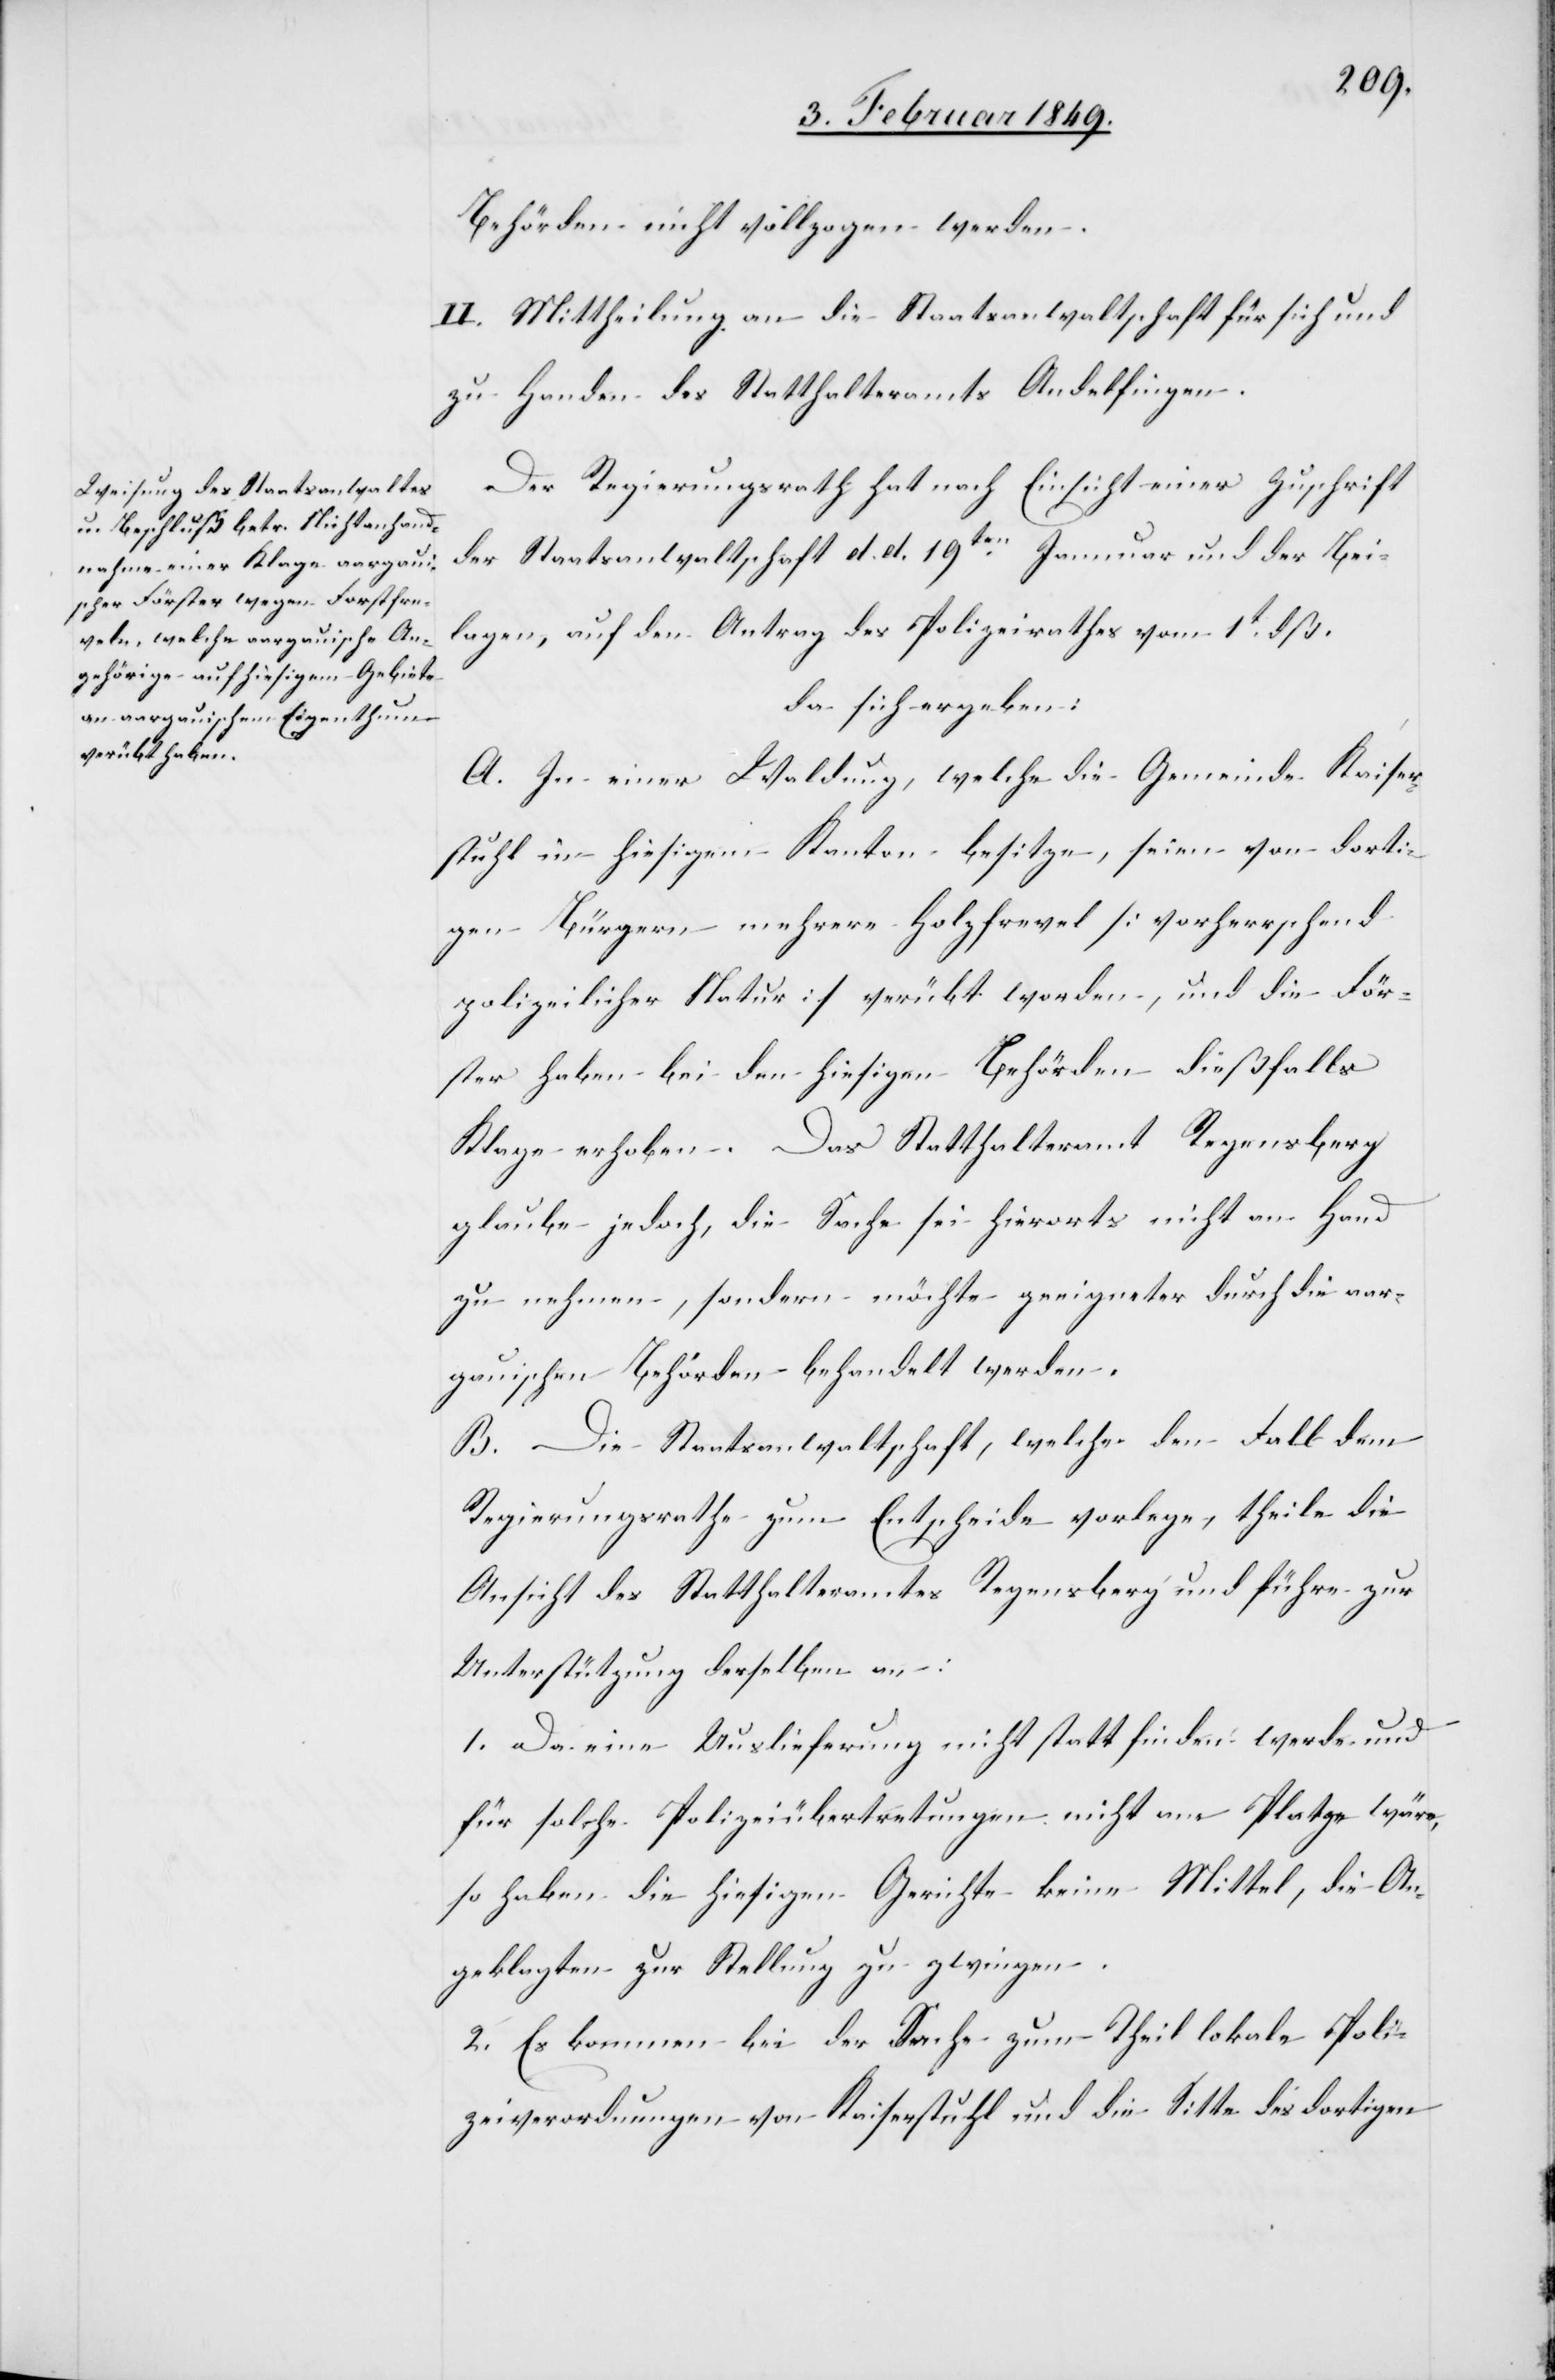
Behörden nicht vollzogen werden.
II. Mittheilung an die Staatsanwaltschaft für sich und
zu Handen des Statthalteramtes Andelfingen.
Der Regierungsrath hat nach Einsicht einer Zuschrift
der Staatsanwaltschaft d. d. 19ten. Januar und der Bei¬
lagen, auf den Antrag des Polizeirathes vom 1t. dß.
da sich ergeben:
A. In einer Waldung, welche die Gemeinde Kaiser¬
stuhl in hiesigem Kanton besitze, seien von dorti¬
gen Bürgern mehrere Holzfrevel [vorherrschend
polizeilicher Natur] verübt worden, und die För¬
ster haben bei den hiesigen Behörden dießfalls
Klage erhoben. Das Statthalteramt Regensberg
glaube jedoch, die Sache sei hierorts nicht an Hand
zu nehmen, sondern möchte geeigneter durch die aar¬
gauischen Behörden behandelt werden.
B. Die Staatsanwaltschaft, welche den Fall dem
Regierungsrathe zum Entscheide vorlege, theile die
Ansicht des Statthalteramtes Regensberg und führe zur
Unterstützung desselben an:
1. Da eine Auslieferung nicht statt finden werde und
für solche Polizeiübertretungen nicht am Platze wäre,
so haben die hiesigen Gerichte keine Mittel, die An¬
geklagten zur Stellung zu zwingen.
2. Es kommen bei der Sache zum Theil lokale Poli¬
zeiverordnungen von Kaiserstuhl und die Sitte des dortigen